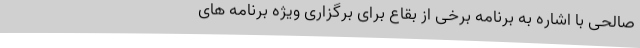
صالحی با اشاره به برنامه برخی از بقاع برای برگزاری ویژه برنامه های